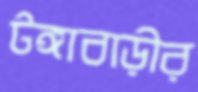
টঙ্গাবাড়ীর